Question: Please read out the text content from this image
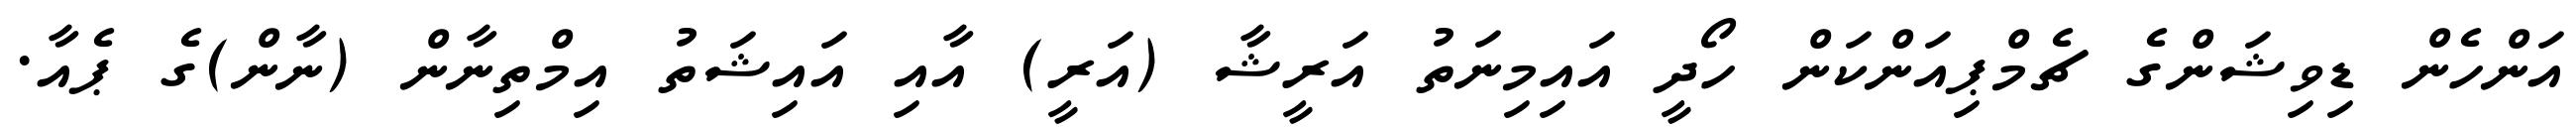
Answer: އަންހެން ޑިވިޝަންގެ ޗެމްޕިއަންކަން ހޯދީ އައިމިނަތު އަރީޝާ (އަރީ) އާއި އައިޝަތު އިމްތިނާން (ނާން)ގެ ޕެއާ.